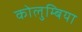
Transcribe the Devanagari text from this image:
कोलुम्बिया